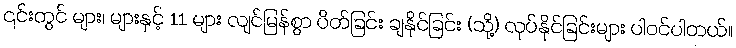
၎င်းတွင် များ၊ များနှင့် 11 များ လျင်မြန်စွာ ပိတ်ခြင်း ချနိုင်ခြင်း (သို့) လုပ်နိုင်ခြင်းများ ပါဝင်ပါတယ်။